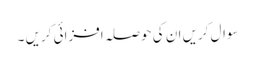
سوال کریں ان کی حوصلہ افزائی کریں ۔